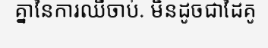
គ្នានៃការឈឺចាប់. មិនដូចជាដៃគូ